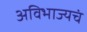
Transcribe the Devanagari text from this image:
अविभाज्यचं